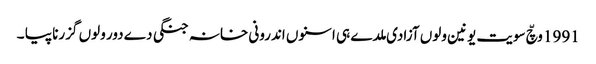
1991 وچّ سویت یونین ولوں آزادی ملدے ہی اسنوں اندرونی خانہ جنگی دے دور ولوں گزرنا پیا ۔